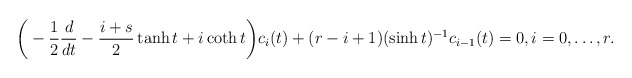
\begin{align*}\bigg(-\frac{1}{2}\frac{d}{dt}-\frac{i+s}{2}\tanh t +i \coth t\bigg)c_i(t)+(r-i+1)(\sinh t)^{-1}c_{i-1}(t)=0,i=0,\ldots, r.\end{align*}